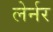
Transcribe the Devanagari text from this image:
लेर्नर